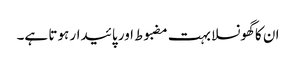
ان کا گھونسلا بہت مضبوط اور پائیدار ہوتا ہے۔